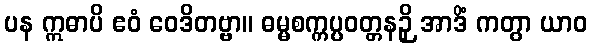
ပန ဣဓာပိ ဧဝံ ဝေဒိတဗ္ဗာ။ ဓမ္မစက္ကပ္ပဝတ္တနဉှိ အာဒိံ ကတွာ ယာဝ